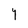
Character: Y